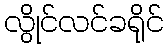
လွိုင်လင်ခရိုင်